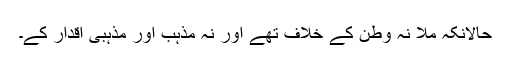
حالانکہ ملّا نہ وطن کے خلاف تھے اور نہ مذہب اور مذہبی اقدار کے۔